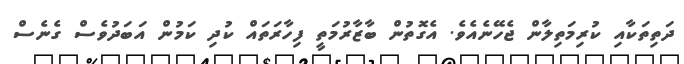
ދަތިތަކާއި ކުރިމަތިލާން ޖެހޭނެއެވެ. އެގޮތުން ބާޒާރުމަތީ ފިހާރަތައް ކުދި ކަމުން އަބަދުވެސް ގެނެސް